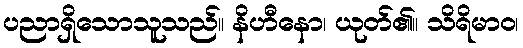
ပညာရှိသောသူသည်။ နိဟီနော၊ ယုတ်၏။ သိရိမာဝ၊